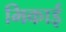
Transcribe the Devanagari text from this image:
भिकाई